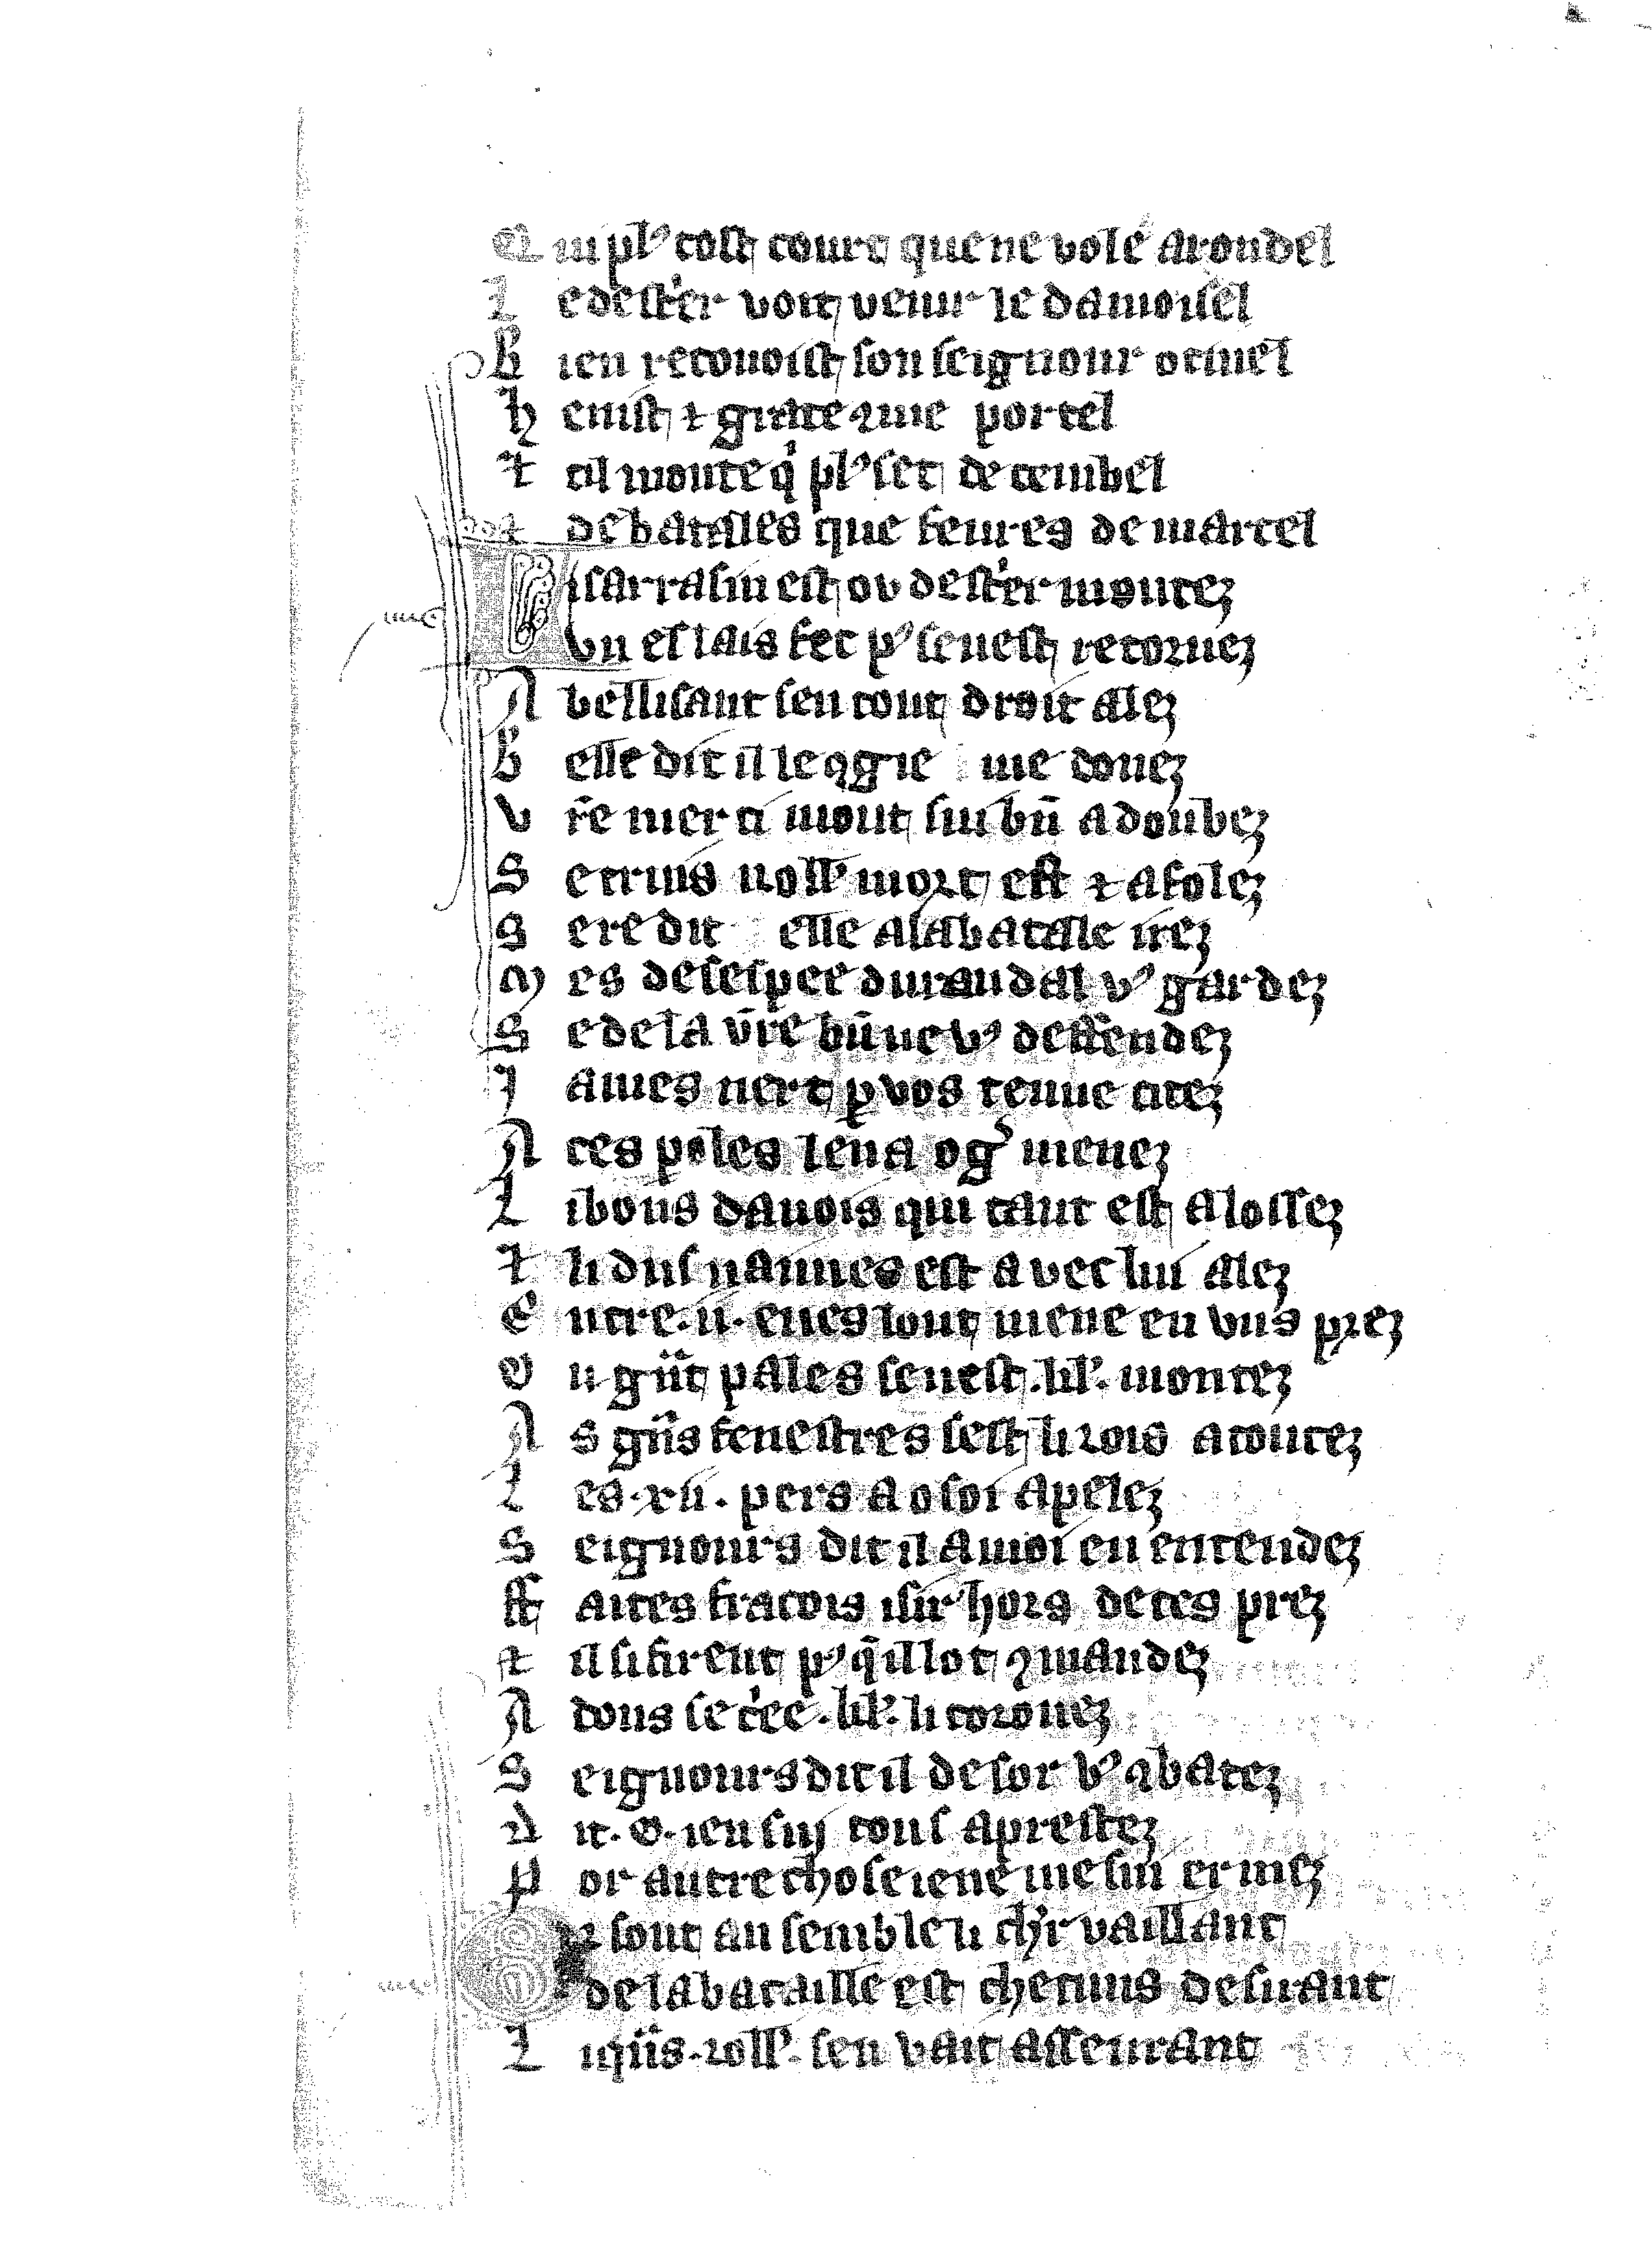
Shelfmark: Vatican, Biblioteca apostolica vaticana, Reg.lat. 1616
Century: 14